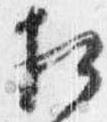
相